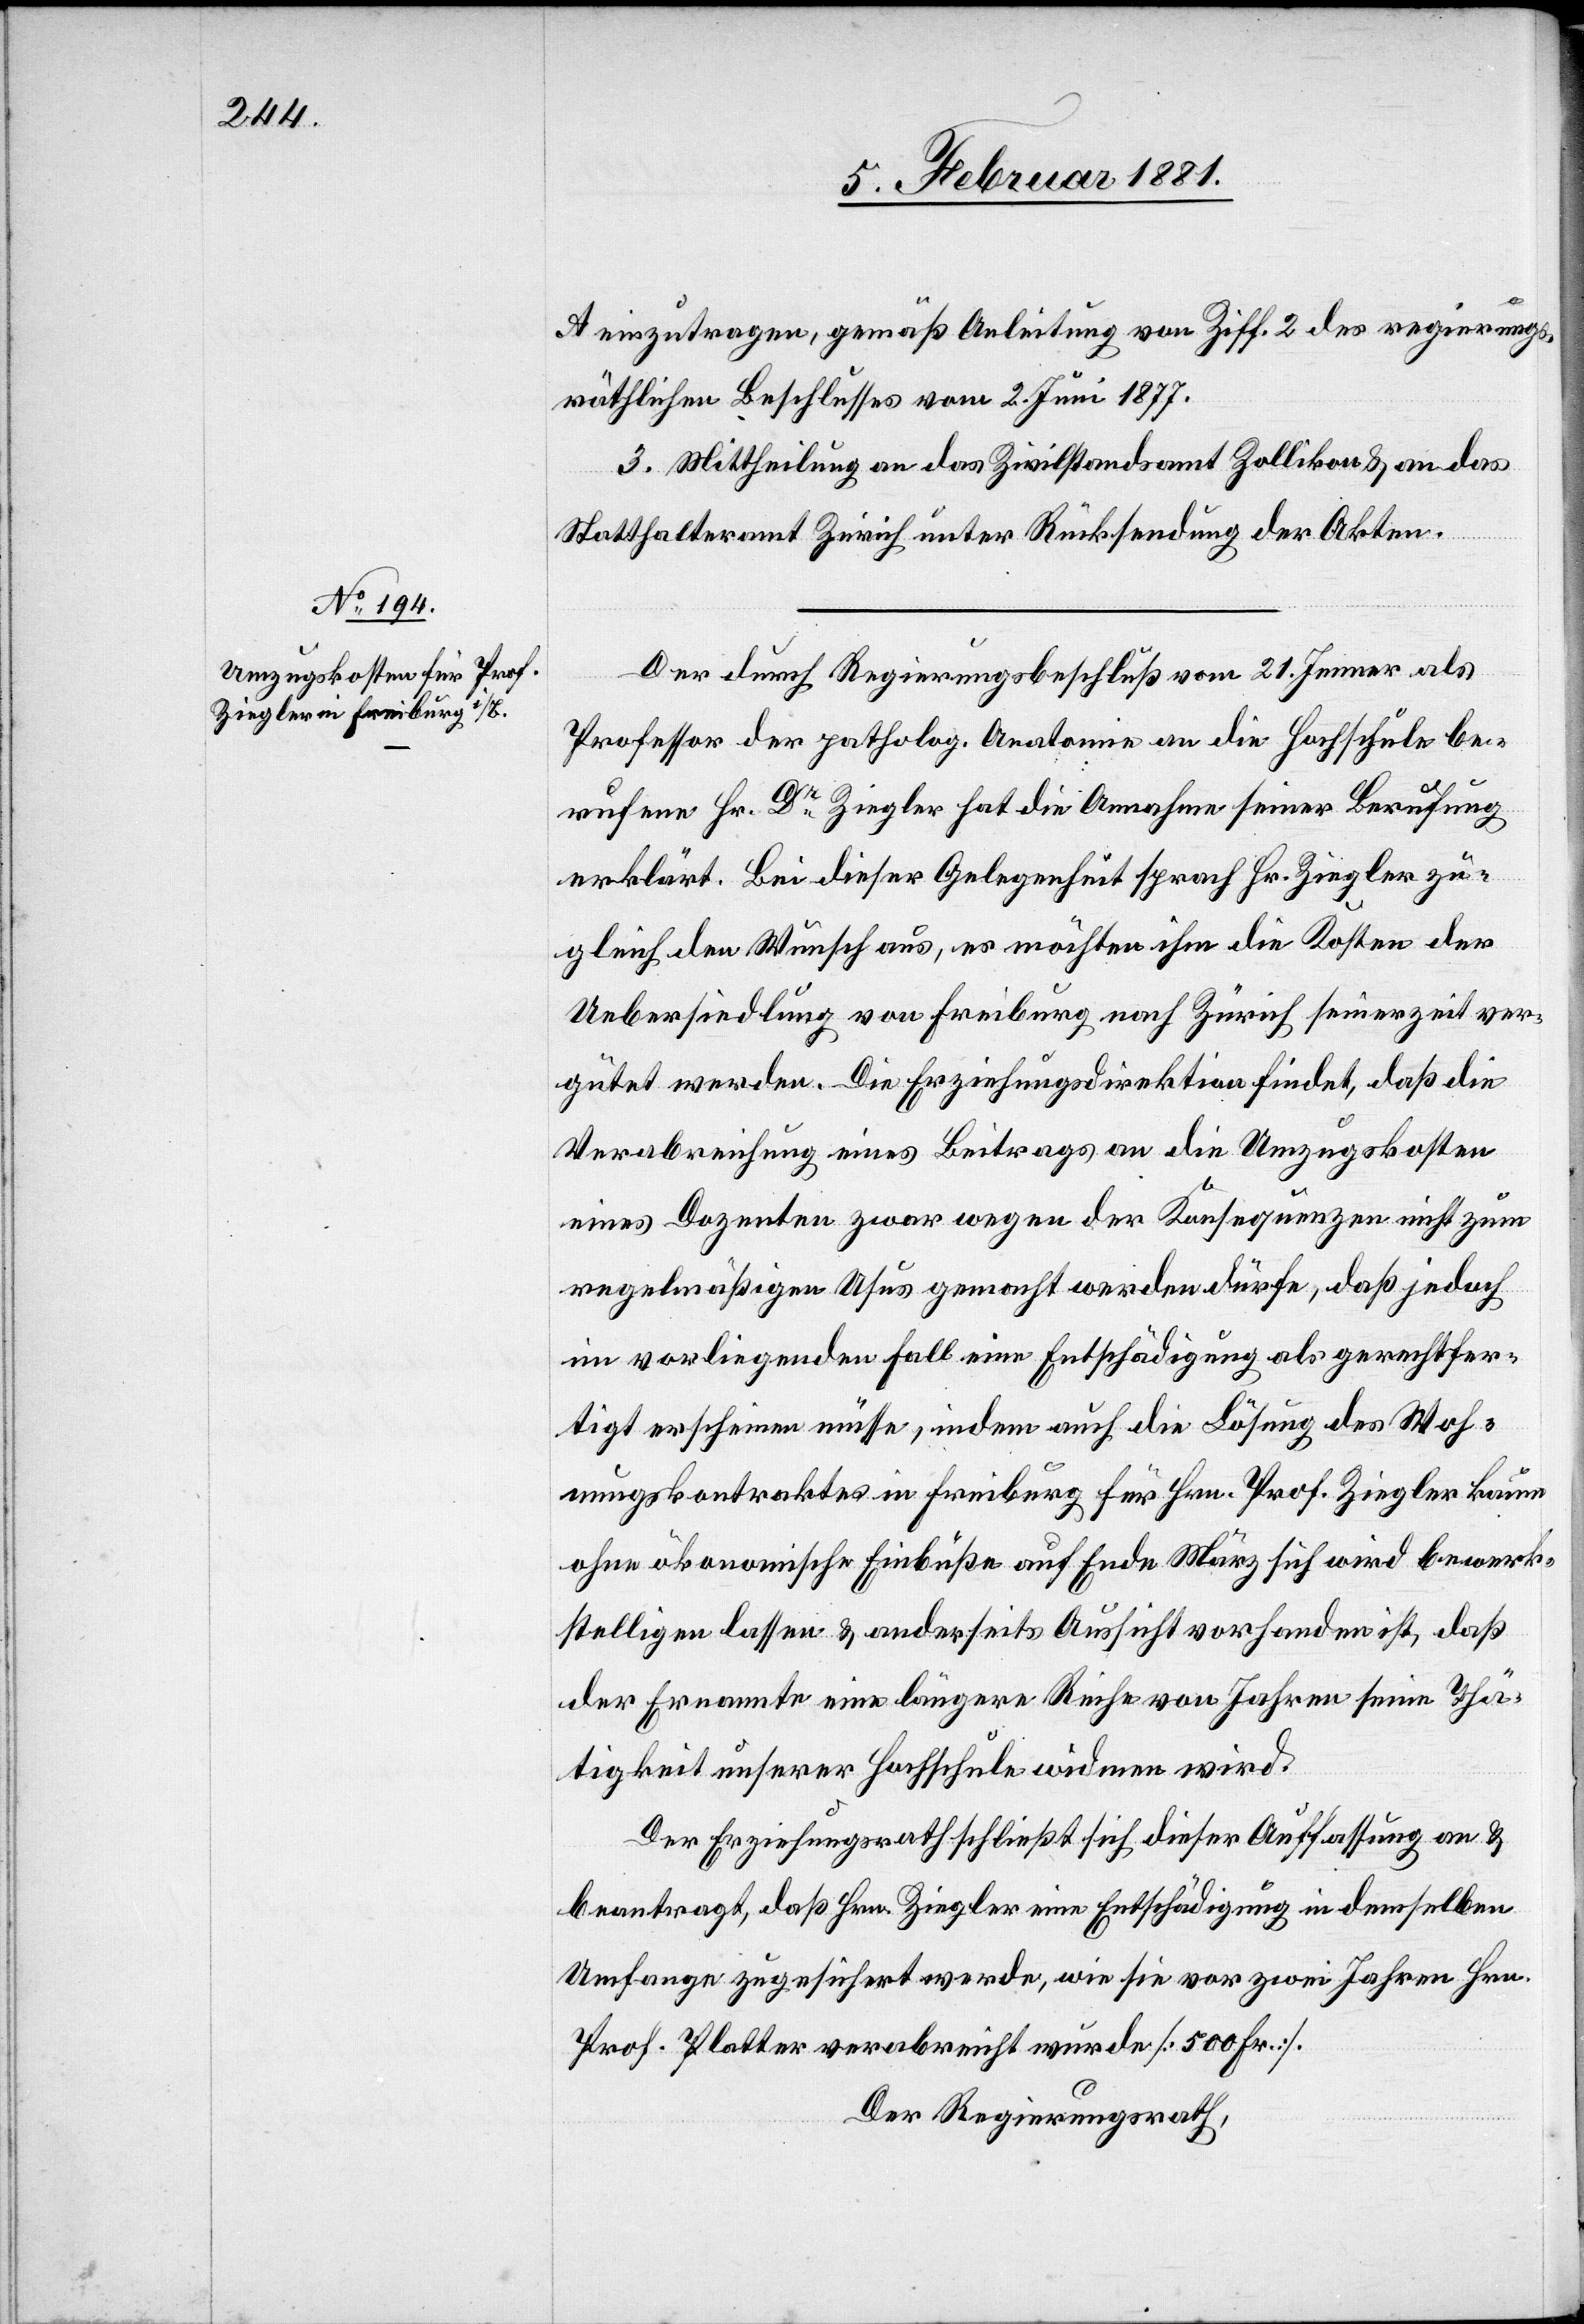
A einzutragen, gemäß Anleitung von Ziff. 2 des regierungs¬
räthlichen Beschlusses vom 2. Juni 1877.
3. Mittheilung an das Zivilstandsamt Zollikon & an das
Statthalteramt Zürich unter Rücksendung der Akten.
Der durch Regierungsbeschluß vom 21. Jenner als
Professor der patholog. Anatomie an die Hochschule be¬
rufene Hr. Dr Ziegler hat die Annahme seiner Berufung
erklärt. Bei dieser Gelegenheit sprach Hr. Ziegler zu¬
gleich den Wunsch aus, es möchten ihm die Kosten der
Uebersiedlung von Freiburg nach Zürich seinerzeit ver¬
gütet werden. Die Erziehungsdirektion findet, daß die
Verabreichung eines Beitrages an die Umzugskosten
eines Dozenten zwar wegen der Konsequenz nicht zum
regelmäßigen Usus gemacht werden dürfe, daß jedoch
im vorliegenden Fall eine Entschädigung als gerechtfer¬
tigt erscheinen müsse, indem auch die Lösung des Woh¬
nungskontraktes in Freiburg für Hrn. Prof. Ziegler kaum
ohne ökonomische Einbuße auf Ende März sich wird bewerk¬
stelligen lassen & anderseits Aussicht vorhanden ist, daß
der Ernannte eine längere Reihe von Jahren seine Thä¬
tigkeit unserer Hochschule widmen wird.
Der Erziehungsrath schließt sich dieser Auffassung an &
beantragt, daß Hrn. Ziegler eine Entschädigung in demselben
Umfange zugesichert werde, wie sie vor zwei Jahren Hrn.
Prof. Platter verabreicht wurde [500 Fr.].
Der Regierungsrath,